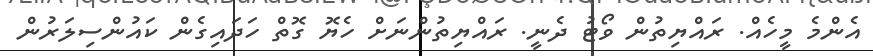
އެންމެ މީހެއް. ރައްޔިތުން ވޯޓު ދެނީ. ރައްޔިތުންނަށް ހެޔޮ ގޮތް ހަދައިގެން ކައުންސިލަރުން